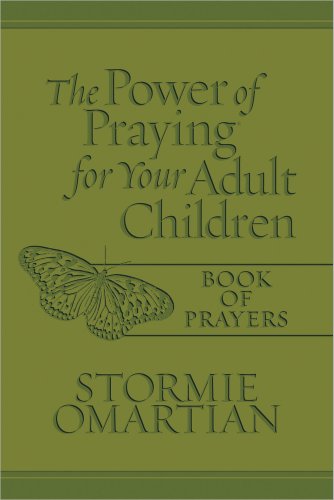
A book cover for The Power of Praying for Your Adult Children Book of Prayers; Stormie Omartian; Christian Books & Bibles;